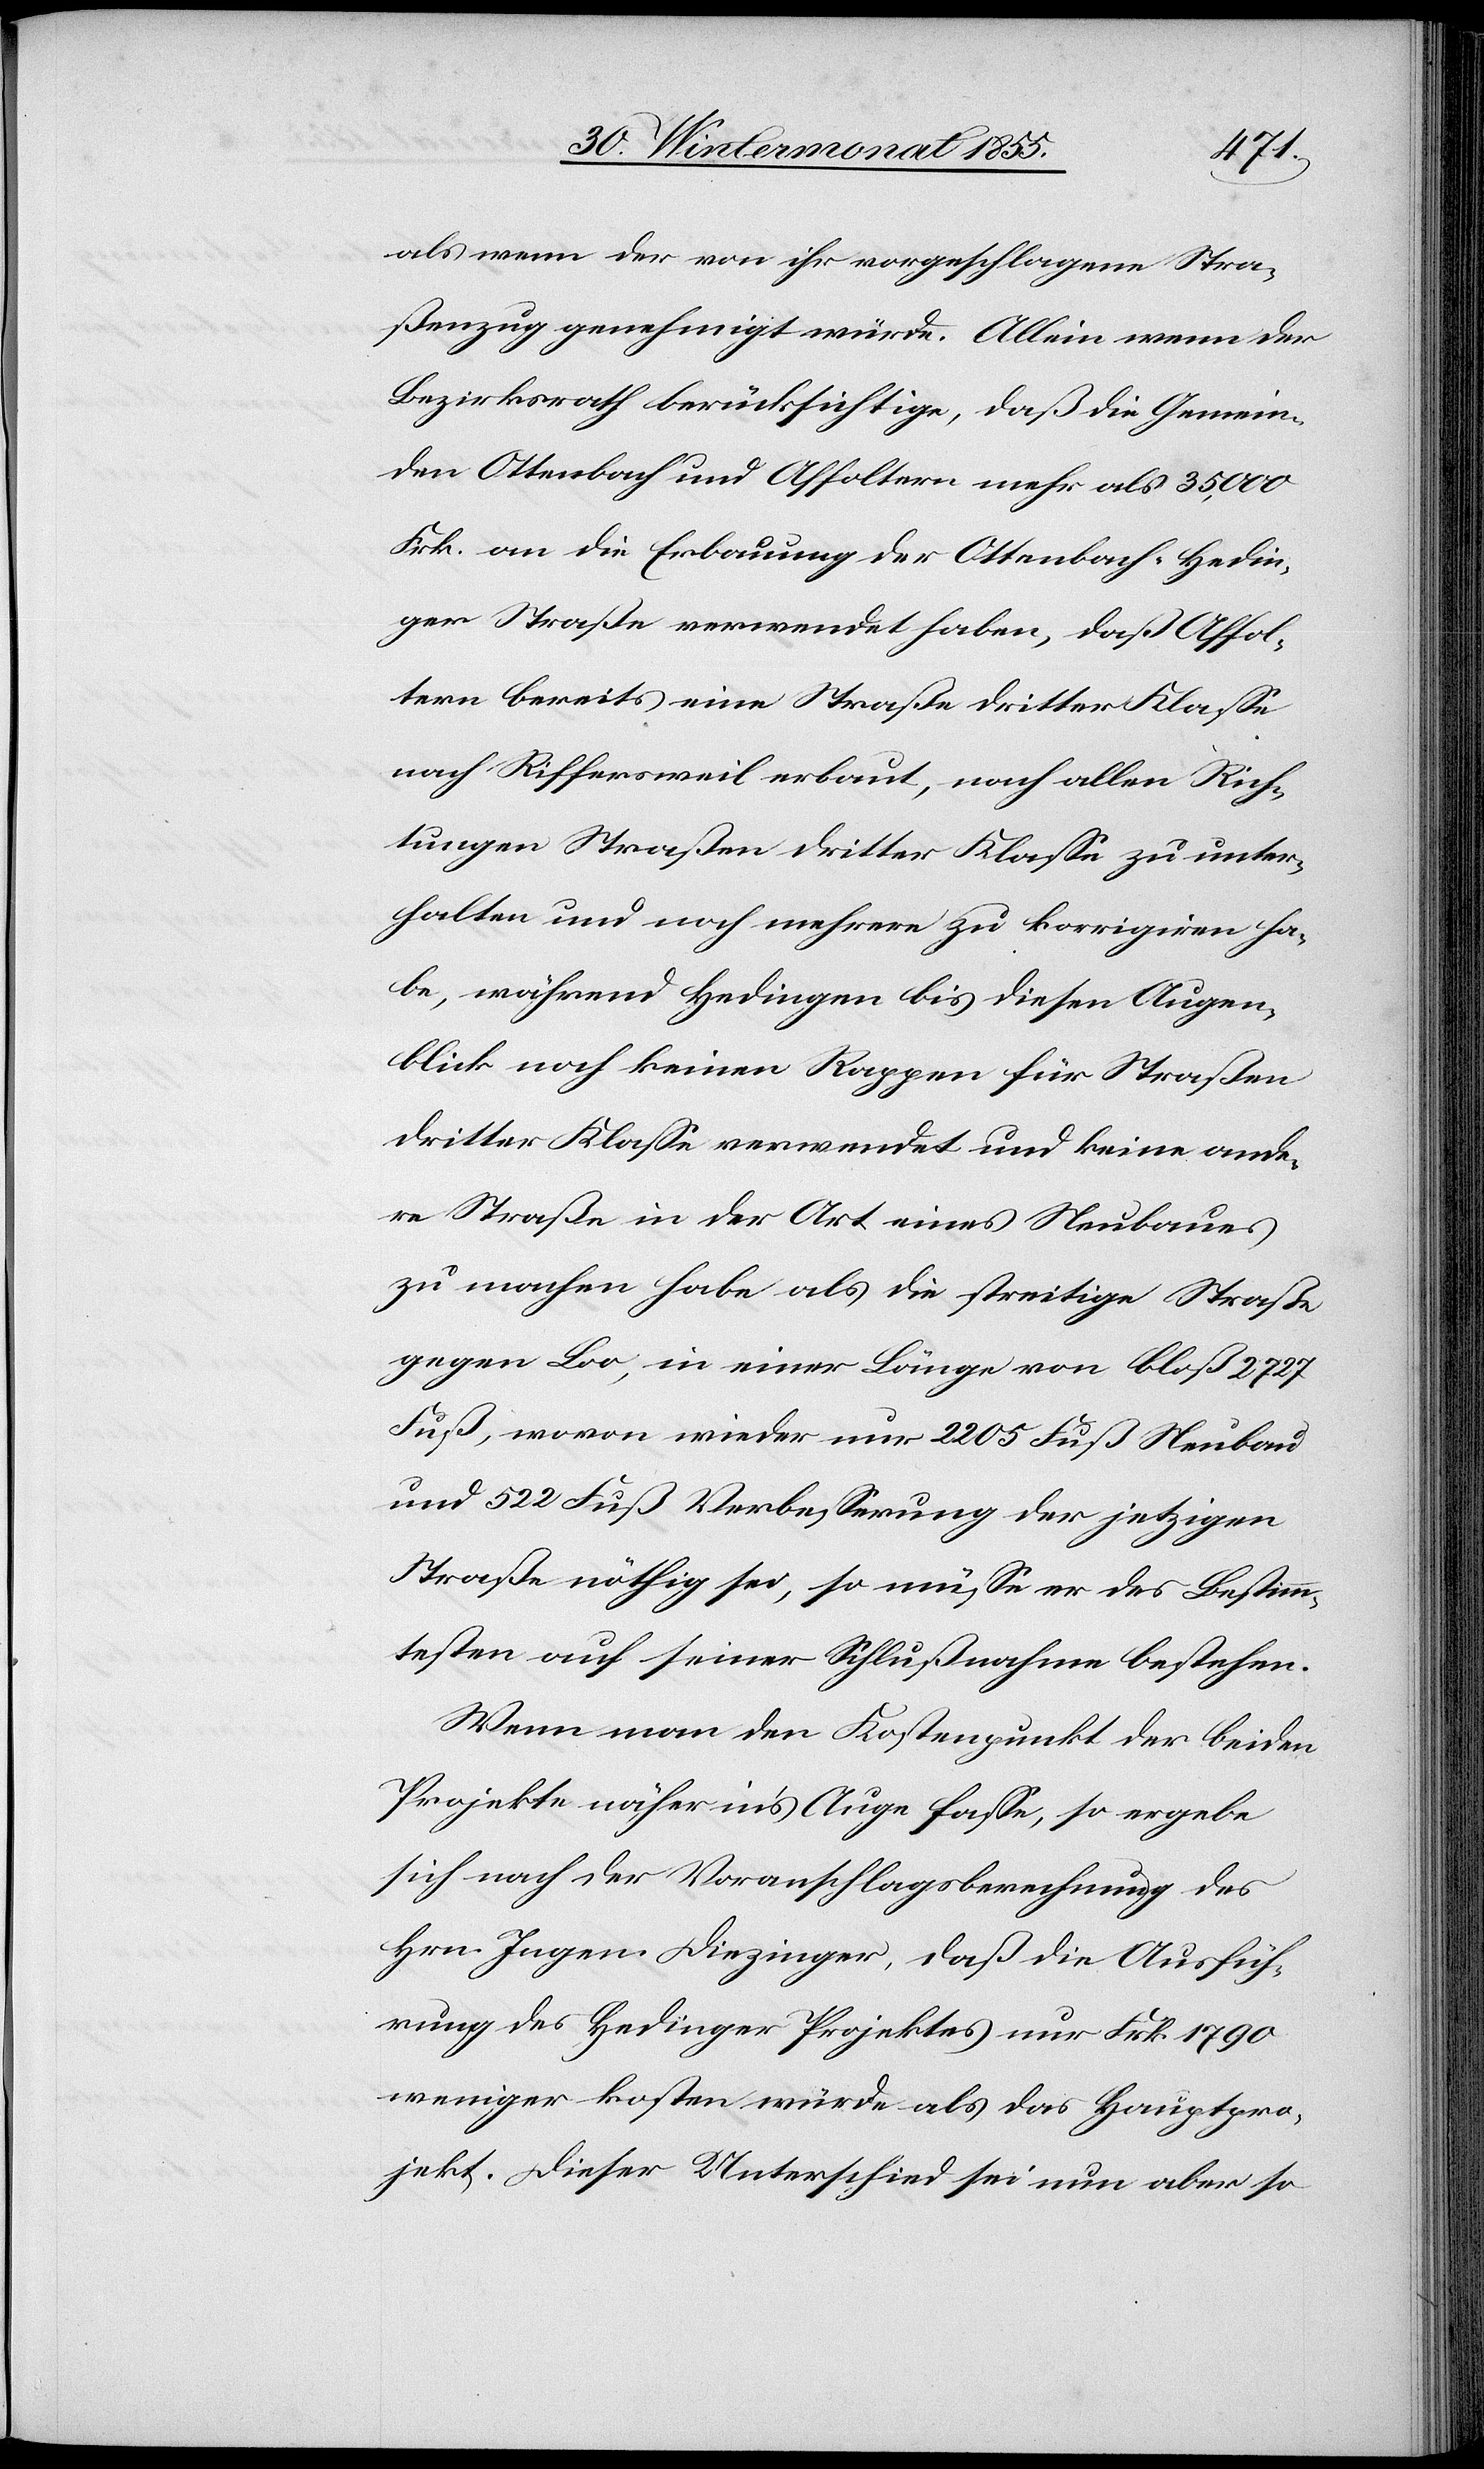
als wenn der von ihr vorgeschlagene Stra¬
ßenzug genehmigt würde. Allein wenn der
Bezirksrath berücksichtige, daß die Gemein¬
den Ottenbach und Affoltern mehr als 35,000
Frk. an die Erbauung der Ottenbach-Hedin¬
ger Straße verwendet haben, daß Affol¬
tern bereits eine Straße dritter Klasse
nach Riffersweil erbaut, nach allen Rich¬
tungen Straßen dritter Klasse zu unter¬
halten und noch mehrere zu korrigiren ha¬
be, während Hedingen bis diesen Augen¬
blick noch keinen Rappen für Straßen
dritter Klasse verwendet und keine ande¬
re Straße in der Art eines Neubaues
zu machen habe als die streitige Straße
gegen Loo, in einer Länge von bloß 2727
Fuß, wovon wieder nur 2205 Fuß Neubau
und 522 Fuß Verbesserung der jetzigen
Straße nöthig sei, so müsse er des Bestimm¬
testen auf seiner Schlußnahme bestehen.
Wenn man den Kostenpunkt der beiden
Projekte näher in’s Auge fasse, so ergebe
sich nach der Voranschlagsberechnung des
Hrn. Ingen. Diezinger, daß die Ausfüh¬
rung des Hedinger Projektes nur Frk. 1790
weniger kosten würde als das Hauptpro¬
jekt. Dieser Unterschied sei nun aber so